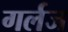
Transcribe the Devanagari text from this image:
गर्लज